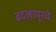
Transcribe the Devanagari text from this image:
बदलापूरचे